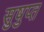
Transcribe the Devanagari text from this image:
सुषुप्‍त